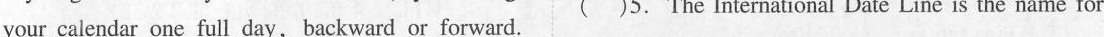
your calendar one full day, backward or forward. ( )5. The International Date Line is the name for